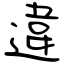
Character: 違